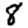
Digit: 8